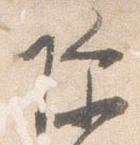
除